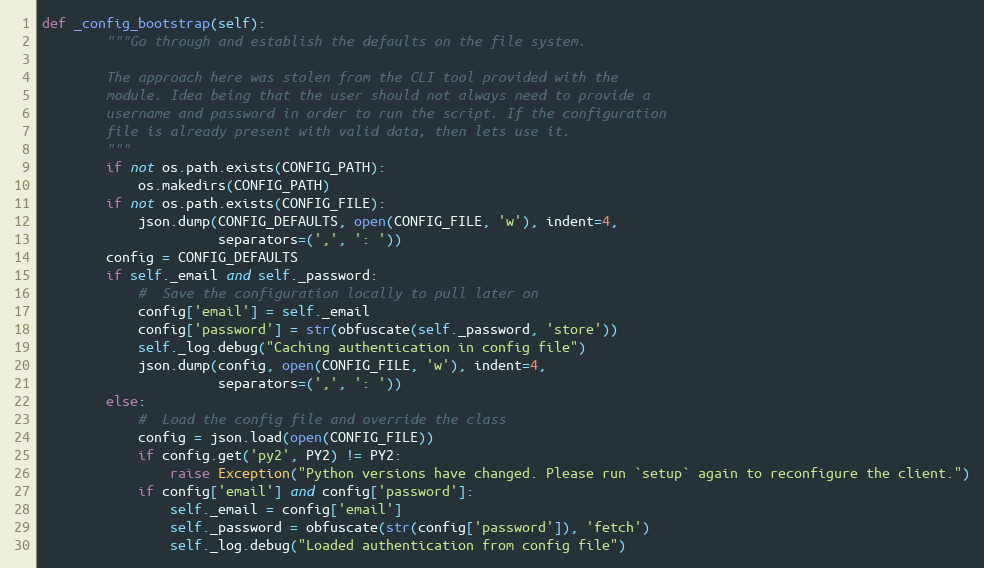
Language: Python
def _config_bootstrap(self):
        """Go through and establish the defaults on the file system.

        The approach here was stolen from the CLI tool provided with the
        module. Idea being that the user should not always need to provide a
        username and password in order to run the script. If the configuration
        file is already present with valid data, then lets use it.
        """
        if not os.path.exists(CONFIG_PATH):
            os.makedirs(CONFIG_PATH)
        if not os.path.exists(CONFIG_FILE):
            json.dump(CONFIG_DEFAULTS, open(CONFIG_FILE, 'w'), indent=4,
                      separators=(',', ': '))
        config = CONFIG_DEFAULTS
        if self._email and self._password:
            #  Save the configuration locally to pull later on
            config['email'] = self._email
            config['password'] = str(obfuscate(self._password, 'store'))
            self._log.debug("Caching authentication in config file")
            json.dump(config, open(CONFIG_FILE, 'w'), indent=4,
                      separators=(',', ': '))
        else:
            #  Load the config file and override the class
            config = json.load(open(CONFIG_FILE))
            if config.get('py2', PY2) != PY2:
                raise Exception("Python versions have changed. Please run `setup` again to reconfigure the client.")
            if config['email'] and config['password']:
                self._email = config['email']
                self._password = obfuscate(str(config['password']), 'fetch')
                self._log.debug("Loaded authentication from config file")